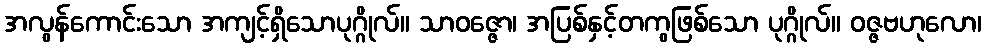
အလွန်ကောင်းသော အကျင့်ရှိသောပုဂ္ဂိုလ်။ သာဝဇ္ဇော၊ အပြစ်နှင့်တကွဖြစ်သော ပုဂ္ဂိုလ်။ ဝဇ္ဇဗဟုလော၊